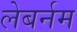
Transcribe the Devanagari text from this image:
लेबर्नम